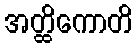
အတ္ထိကောတိ